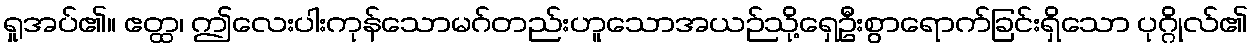
ရှုအပ်၏။ ဧတ္ထ၊ ဤလေးပါးကုန်သောမဂ်တည်းဟူသောအယဉ်သို့ရှေဦးစွာရောက်ခြင်းရှိသော ပုဂ္ဂိုလ်၏